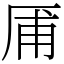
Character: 㕊